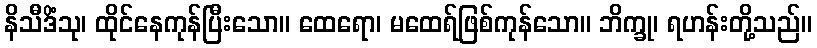
နိသီဒိံသု၊ ထိုင်နေကုန်ပြီးသော။ ထေရော၊ မထေရ်ဖြစ်ကုန်သော။ ဘိက္ခု၊ ရဟန်းတို့သည်။